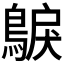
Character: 𮭂